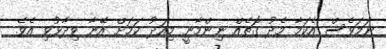
ނަމަވެސް އެކަމާ މެދު ގޮތެއް ނިންމާނީ މިއަދު ކަމަށް އޭނާ ވިދާޅުވި އެވެ.